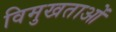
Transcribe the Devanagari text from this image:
विमुखताओं